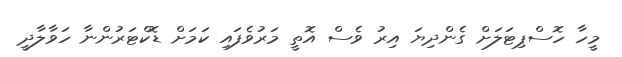
މީހާ ހޮސްޕިޓަލަށް ގެންދިޔަ އިރު ވެސް އޮތީ މަރުވެފައި ކަމަށް ޑޮކްޓަރުންނާ ހަވާލާދީ